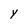
Character: Y